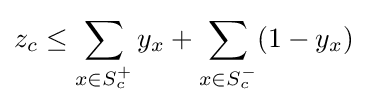
z_{c}\leq \sum _{x\in S_{c}^{+}}y_{x}+\sum _{x\in S_{c}^{-}}(1-y_{x})